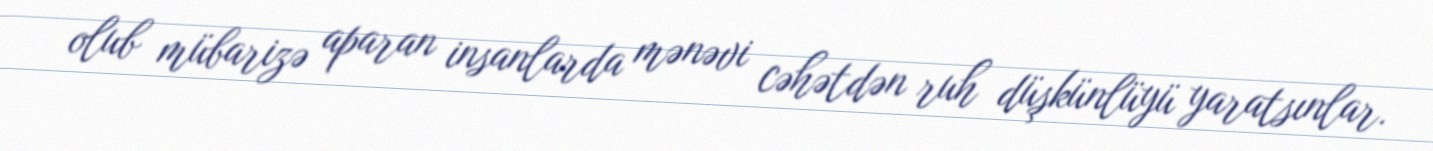
olub mübarizə aparan insanlarda mənəvi cəhətdən ruh düşkünlüyü yaratsınlar.